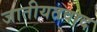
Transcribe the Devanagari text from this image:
जातीयतवाद